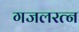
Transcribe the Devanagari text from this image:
गजलरत्‍न